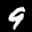
Label: 9